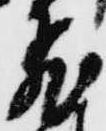
飛